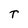
Character: T